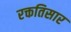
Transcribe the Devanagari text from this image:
रक्ततिसार